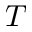
T